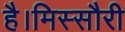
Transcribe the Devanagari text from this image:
है।मिस्सौरी